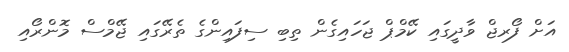
އަށް ފޯރޖް ވާދީގައި ކޭމްޕް ޖަހައިގެން ތިބި ސިފައިންގެ ތެރޭގައި ޖޭމްސް މޮންރޯއި